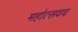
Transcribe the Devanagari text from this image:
महोत्सवच